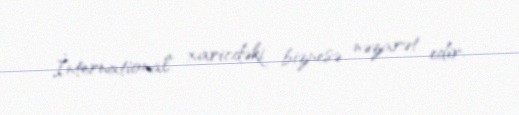
İnternational" xaricdəki biznesə nəzarət edir.